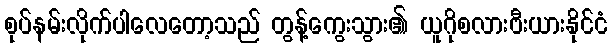
စုပ်နမ်းလိုက်ပါလေတော့သည် တွန့်ကွေးသွား၏ ယူဂိုစလားဗီးယားနိုင်ငံ